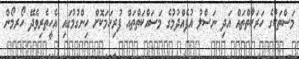
މަސްތަކުގެ ހަރަކާތްތައް އަދި ނަސްލު އުފެއްދުމުގެ މަސައްކަތްތައް ފުރިހަމަކޮށް ހިންގުމުގައި އެހީތެރިވެދޭ ހޯރމޯން